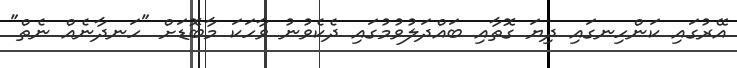
އޭރުގައި ކަންހިނގައި ދިޔަ ގޮތާއި ބައްދަލުވުމުގައި ދެކެވުނު ވާހަކަ މާބޮޑަށް "ހަނދާނެއް ނެތް"